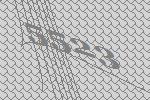
5523